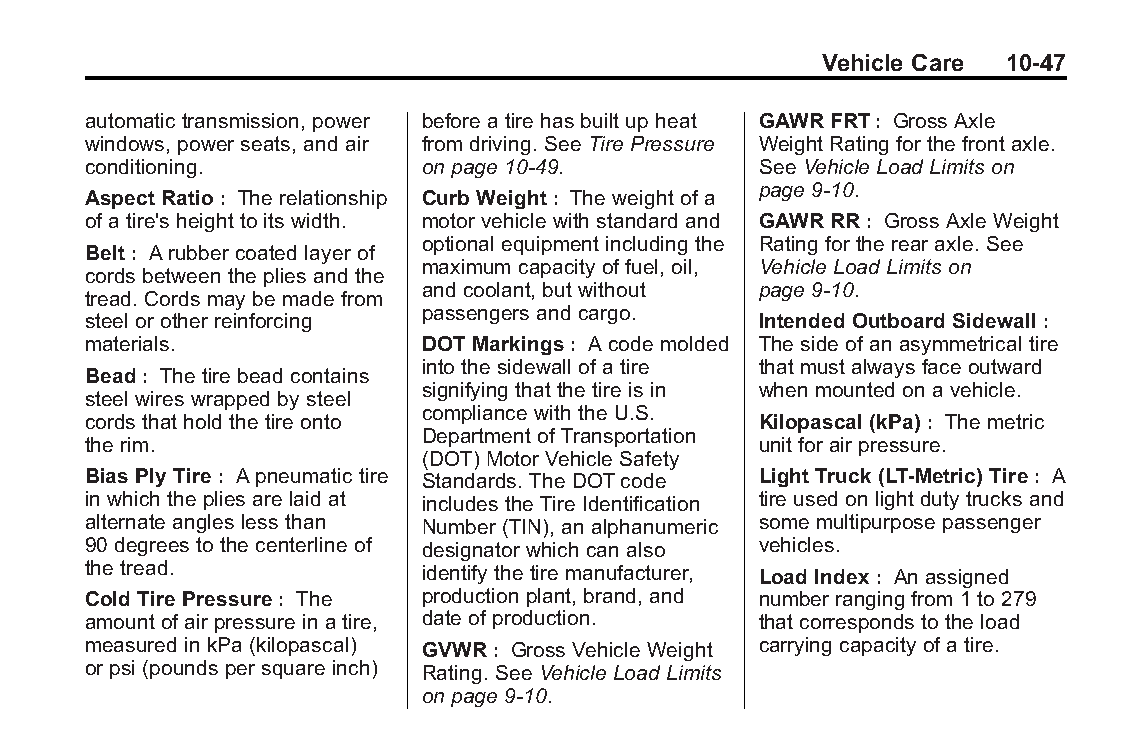
Buick LaCrosse Owner Manual (GMNA-Localizing-U.S./Canada/Mexico- Blackplate(47,1)
 6043609)-2014-2ndEdition-10/17/13
 Vehicle Care 10-47
 automatic transmission, power before a tire has built up heat GAWR FRT: Gross Axle
 windows, power seats, and air from driving. See Tire Pressure Weight Rating for the front axle.
 conditioning.          on page 10-49.        See Vehicle Load Limits on
 page 9-10.
 Aspect Ratio: The relationship Curb Weight: The weight of a
 of a tire's height to its width. motor vehicle with standard and GAWR RR: Gross Axle Weight
 optional equipment including the Rating for the rear axle. See
 Belt: A rubber coated layer of
 maximum capacity of fuel, oil, Vehicle Load Limits on
 cords between the plies and the
 and coolant, but without page 9-10.
 tread. Cords may be made from
 passengers and cargo.
 steel or other reinforcing                   Intended Outboard Sidewall :
 materials.             DOT Markings: A code molded The side of an asymmetrical tire
 into the sidewall of a tire that must always face outward
 Bead: The tire bead contains
 signifying that the tire is in when mounted on a vehicle.
 steel wires wrapped by steel
 compliance with the U.S.
 cords that hold the tire onto                Kilopascal (kPa): The metric
 Department of Transportation
 the rim.                                     unit for air pressure.
 (DOT) Motor Vehicle Safety
 Bias Ply Tire: A pneumatic tire Standards. The DOTcode Light Truck (LT-Metric) Tire: A
 in which the plies are laid at includes the Tire Identification tire used on light duty trucks and
 alternate angles less than Number (TIN), an alphanumeric some multipurpose passenger
 90 degrees to the centerline of designator which can also vehicles.
 the tread.             identify the tire manufacturer, Load Index: An assigned
 Cold Tire Pressure: The production plant, brand, and number ranging from 1 to 279
 amount of air pressure in a tire, date of production. that corresponds to the load
 measured in kPa (kilopascal) GVWR: Gross Vehicle Weight carrying capacity of a tire.
 or psi (pounds per square inch) Rating. See Vehicle Load Limits
 on page 9-10.